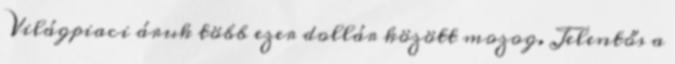
Világpiaci áruk több ezer dollár között mozog. Jelentős a